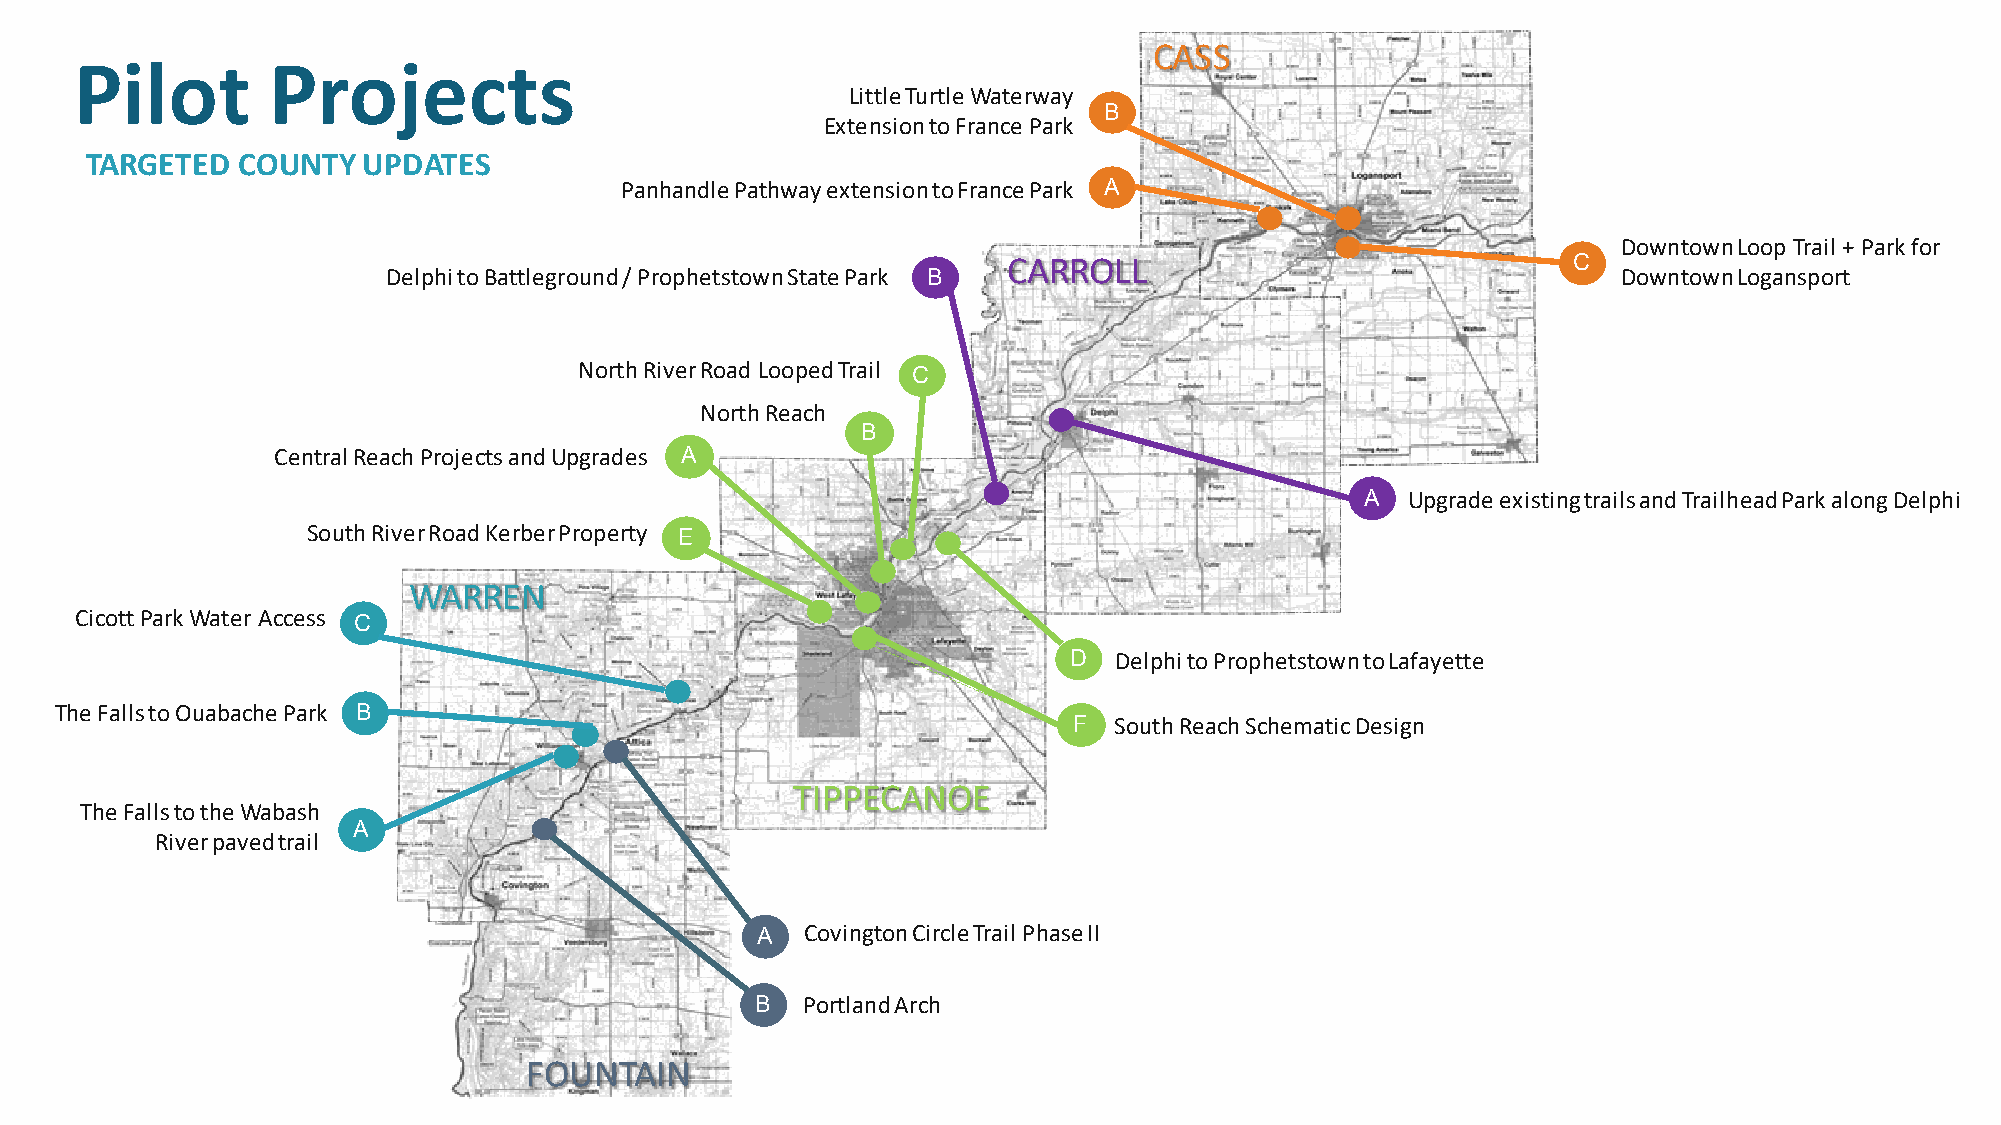
CASS
 Pilot        Projects
 Little Turtle Waterway
 B
 Extension to France Park
 TARGETED  COUNTY  UPDATES
 Panhandle Pathway extension to France Park A
 Downtown Loop Trail + Park for
 CARROLL                              C
 Delphi to Battleground / Prophetstown State Park B                               Downtown Logansport
 North River Road Looped Trail
 C
 North Reach
 B
 Central Reach Projects and Upgrades A
 A  Upgrade existing trails and Trailhead Park along Delphi
 South River Road Kerber Property E
 WARREN
 CicottPark Water Access C
 D  Delphi to Prophetstown to Lafayette
 The Falls to Ouabache Park B
 F  South Reach Schematic Design
 TIPPECANOE
 The Falls to the Wabash
 A
 River paved trail
 A  Covington Circle Trail Phase II
 B  Portland Arch
 FOUNTAIN